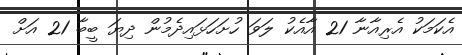
އެކަމަކު އެރިއާނާ 21 އާއެކު ލަވަ ހުށަހަޅައިދެމުން ދިޔަ ބީބާ 21 އަށް